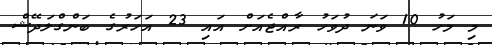
މި މަހު 10 ވަނަ ދުވަހު ރާއްޖެއަށް އައި 23 އަހަރުގެ ބަންގްލަދޭޝް